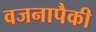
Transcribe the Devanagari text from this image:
वजनापैकी